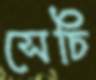
সেচি